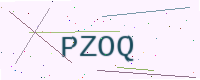
Text: PZOQ